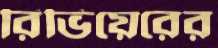
রিভিয়েরের